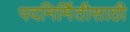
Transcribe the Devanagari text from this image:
पदनिर्मितीसाठी